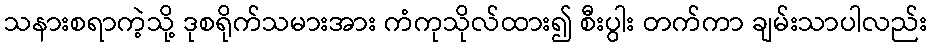
သနားစရာကဲ့သို့ ဒုစရိုက်သမားအား ကံကုသိုလ်ထား၍ စီးပွါး တက်ကာ ချမ်းသာပါလည်း